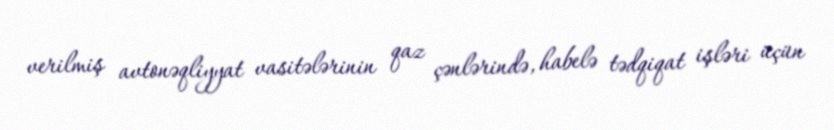
verilmiş avtonəqliyyat vasitələrinin qaz çənlərində, habelə tədqiqat işləri üçün